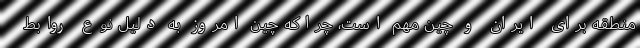
منطقه برای ایران و چین مهم است، چراکه چین امروز به دلیل نوع روابط